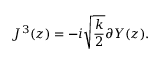
J ^ { 3 } ( z ) = - i \sqrt { \frac { k } { 2 } } \partial Y ( z ) .